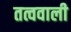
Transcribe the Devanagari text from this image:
तत्ववाली